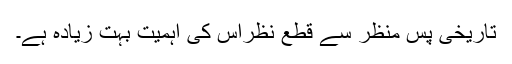
تاریخی پس ِمنظر سے قطع نظراِس کی اہمیت بہت زیادہ ہے۔